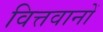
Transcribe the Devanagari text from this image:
वित्तवानों